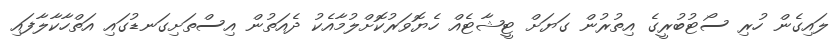
ލައިގެން ހުރި ސޯޓުބުރީގެ އިތުރުން ގަޔަށް ޓީޝާޓެއް ހެޔޮވަރުކޮށްލުމާއެކު ދެއަތުން އިސްތަށިގަނޑުގައި އަތްހާކާލާފައި